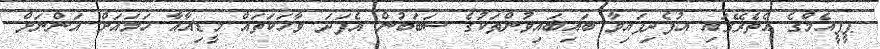
ޕީޕީއެމްގެ އެތެރޭގައި އުފެދިފައިވާ ބައިބައިވުންތަކުގެ ސަބަބުން އެފަދަ ވާހަކަތައް މީޑިއާއާ ހަމައަށް އަންނަށް